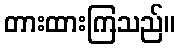
တားထားကြသည်။